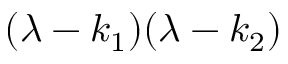
( \lambda - k _ { 1 } ) ( \lambda - k _ { 2 } )